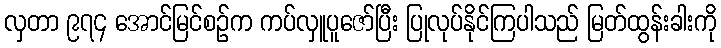
လှတာ ၉၇၄ အောင်မြင်စဉ်က ကပ်လှူပူဇော်ပြီး ပြုလုပ်နိုင်ကြပါသည် မြတ်ထွန်းခါးကို